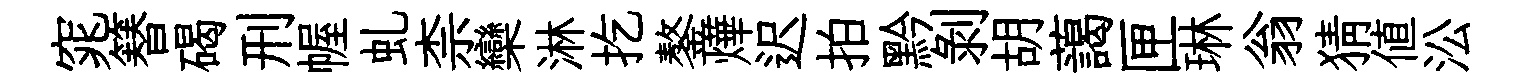
窕簮碣刑幄虬柰欒淋扢鏊燁迟拍黔剥胡藹匣琳翁猜値㳂